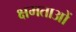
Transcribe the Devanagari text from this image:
क्षमताआें